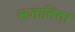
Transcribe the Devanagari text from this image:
सजातिता